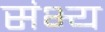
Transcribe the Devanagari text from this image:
संभ्य